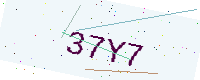
Text: 37Y7